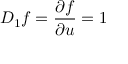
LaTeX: D _ { 1 } f = { \frac { \partial f } { \partial u } } = 1